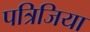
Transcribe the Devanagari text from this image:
पत्रिजिया